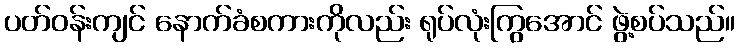
ပတ်ဝန်းကျင် နောက်ခံစကားကိုလည်း ရုပ်လုံးကြွအောင် ဖွဲ့စပ်သည်။